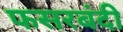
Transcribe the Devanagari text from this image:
फसरबंदी